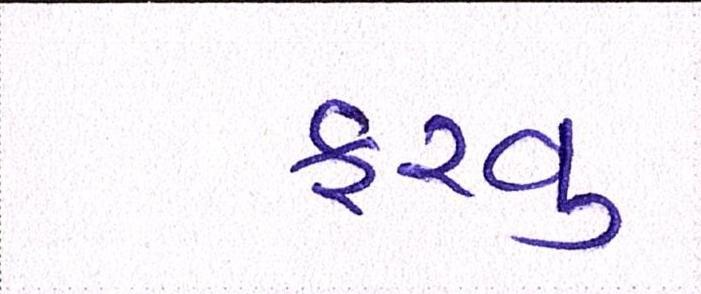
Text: ફરવુ